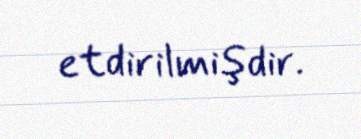
etdirilmişdir.